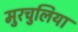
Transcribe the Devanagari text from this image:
मुरचुलिया